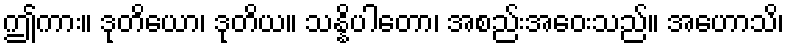
ဤကား။ ဒုတိယော၊ ဒုတိယ။ သန္နိပါတော၊ အစည်းအဝေးသည်။ အဟောသိ၊